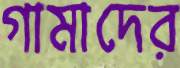
গামাদের